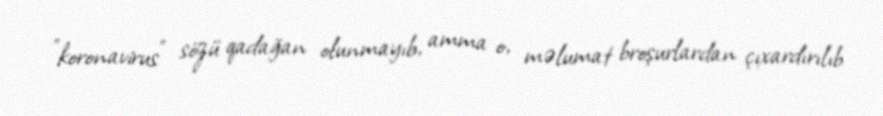
"koronavirus" sözü qadağan olunmayıb, amma o, məlumat broşurlardan çıxardırılıb